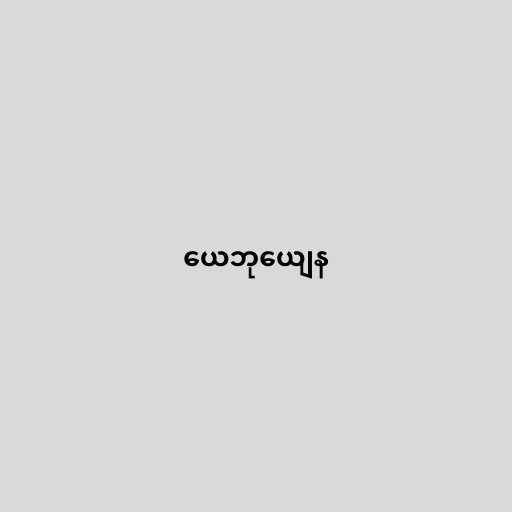
ယေဘုယျေန